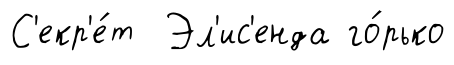
С'екр'е́т Эл'ис'енда го́рько